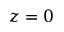
z = 0